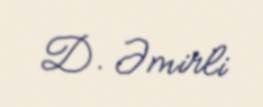
D. Əmirli